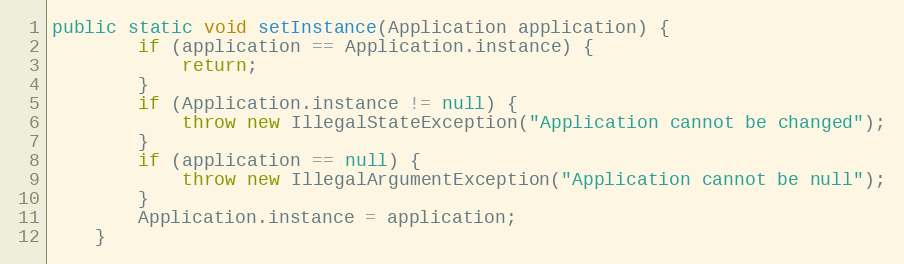
Language: Java
public static void setInstance(Application application) {
		if (application == Application.instance) {
			return;
		}
		if (Application.instance != null) {
			throw new IllegalStateException("Application cannot be changed");
		}
		if (application == null) {
			throw new IllegalArgumentException("Application cannot be null");
		}
		Application.instance = application;
	}